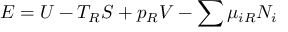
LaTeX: E = U - T _ { R } S + p _ { R } V - \sum \mu _ { i R } N _ { i }